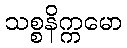
သစ္စနိက္ကမော